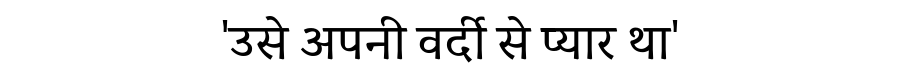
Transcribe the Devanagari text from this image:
'उसे अपनी वर्दी से प्यार था'